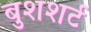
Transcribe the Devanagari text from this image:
बुशशर्ट